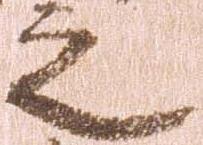
之